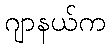
ဂျာနယ်က